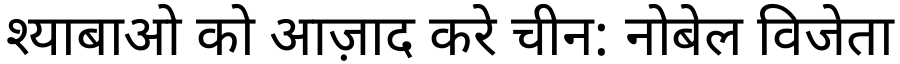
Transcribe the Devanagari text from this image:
श्याबाओ को आज़ाद करे चीन: नोबेल विजेता